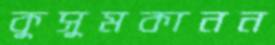
কুসুমকানন